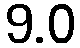
9.0